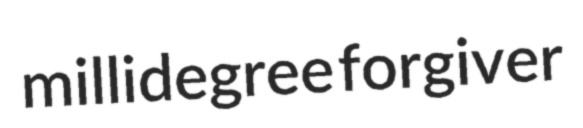
millidegree forgiver